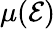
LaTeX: \mu(\mathcal{E})